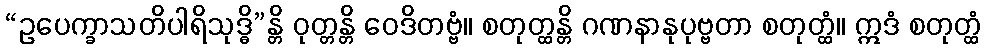
“ဥပေက္ခာသတိပါရိသုဒ္ဓိ”န္တိ ဝုတ္တန္တိ ဝေဒိတဗ္ဗံ။ စတုတ္ထန္တိ ဂဏနာနုပုဗ္ဗတာ စတုတ္ထံ။ ဣဒံ စတုတ္ထံ